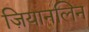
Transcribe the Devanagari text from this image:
ज़ियानलिन